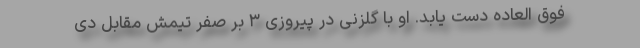
فوق العاده دست یابد. او با گلزنی در پیروزی ۳ بر صفر تیمش مقابل دی